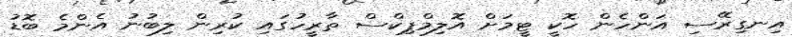
އިނގިރޭސި އަންހެން ހޮކީ ޓީމަށް އޮލިމްޕިކްސް ތާރީހުގައި ކުރިން ލިބުނު އެންމެ ބޮޑު